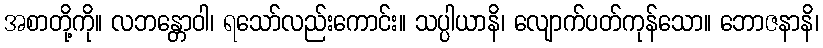
အစာတို့ကို။ လဘန္တောဝါ၊ ရသော်လည်းကောင်း။ သပ္ပါယာနိ၊ လျောက်ပတ်ကုန်သော။ ဘောဇနာနိ၊